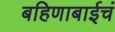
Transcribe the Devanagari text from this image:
बहिणाबाईचं